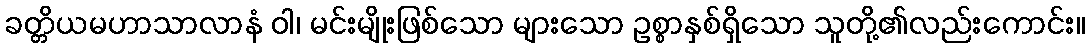
ခတ္တိယမဟာသာလာနံ ဝါ၊ မင်းမျိုးဖြစ်သော များသော ဥစ္စာနှစ်ရှိသော သူတို့၏လည်းကောင်း။